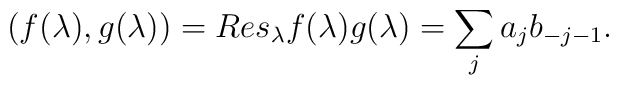
(f(\lambda),g(\lambda))=Res_{\lambda}f(\lambda)g(\lambda)= \sum_j a_jb_{-j-1}.